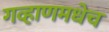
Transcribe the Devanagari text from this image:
गव्हाणमधेच